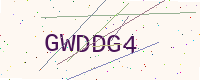
Text: GWDDG4